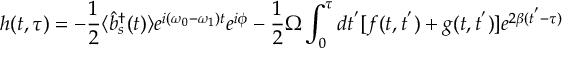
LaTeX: h ( t , \tau ) = - { \frac { 1 } { 2 } } \langle { \hat { b } } _ { s } ^ { \dagger } ( t ) \rangle e ^ { i ( \omega _ { 0 } - \omega _ { 1 } ) t } e ^ { i \phi } - { \frac { 1 } { 2 } } \Omega \int _ { 0 } ^ { \tau } d t ^ { ' } [ f ( t , t ^ { ' } ) + g ( t , t ^ { ' } ) ] e ^ { 2 \beta ( t ^ { ' } - \tau ) }